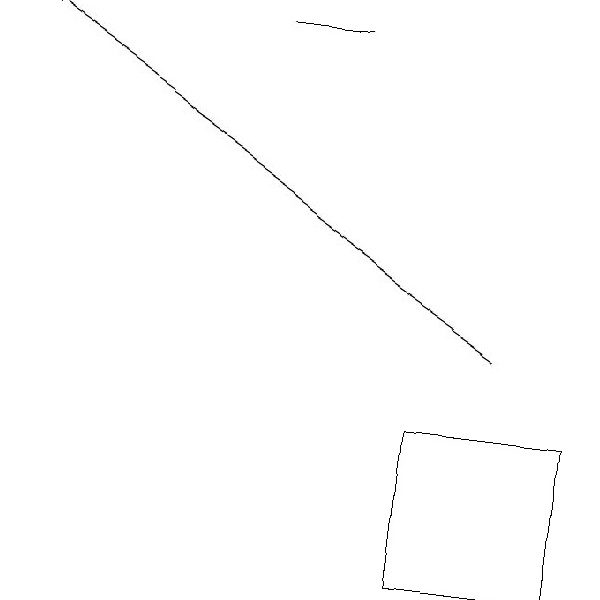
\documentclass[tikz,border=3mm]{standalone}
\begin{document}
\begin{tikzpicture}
\draw (7,10) rectangle (9,12);
\draw[->] (8,13) -- (2,17);
\draw (6,17) rectangle (5,17);
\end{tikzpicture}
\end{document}